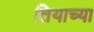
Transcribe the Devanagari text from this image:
तियाच्या